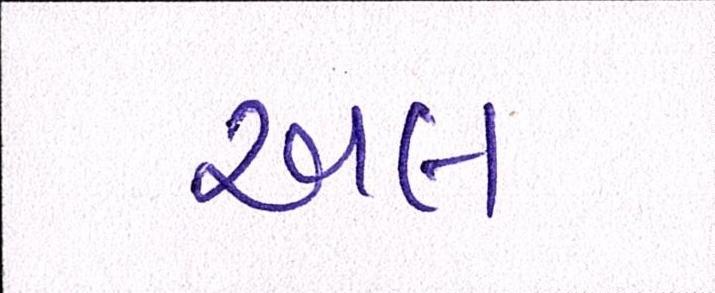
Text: અલ